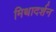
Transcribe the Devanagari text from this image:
मिथादर्शन